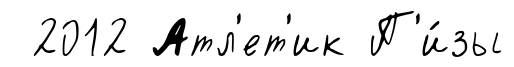
2012 Атл'ет'ик П'и́зы